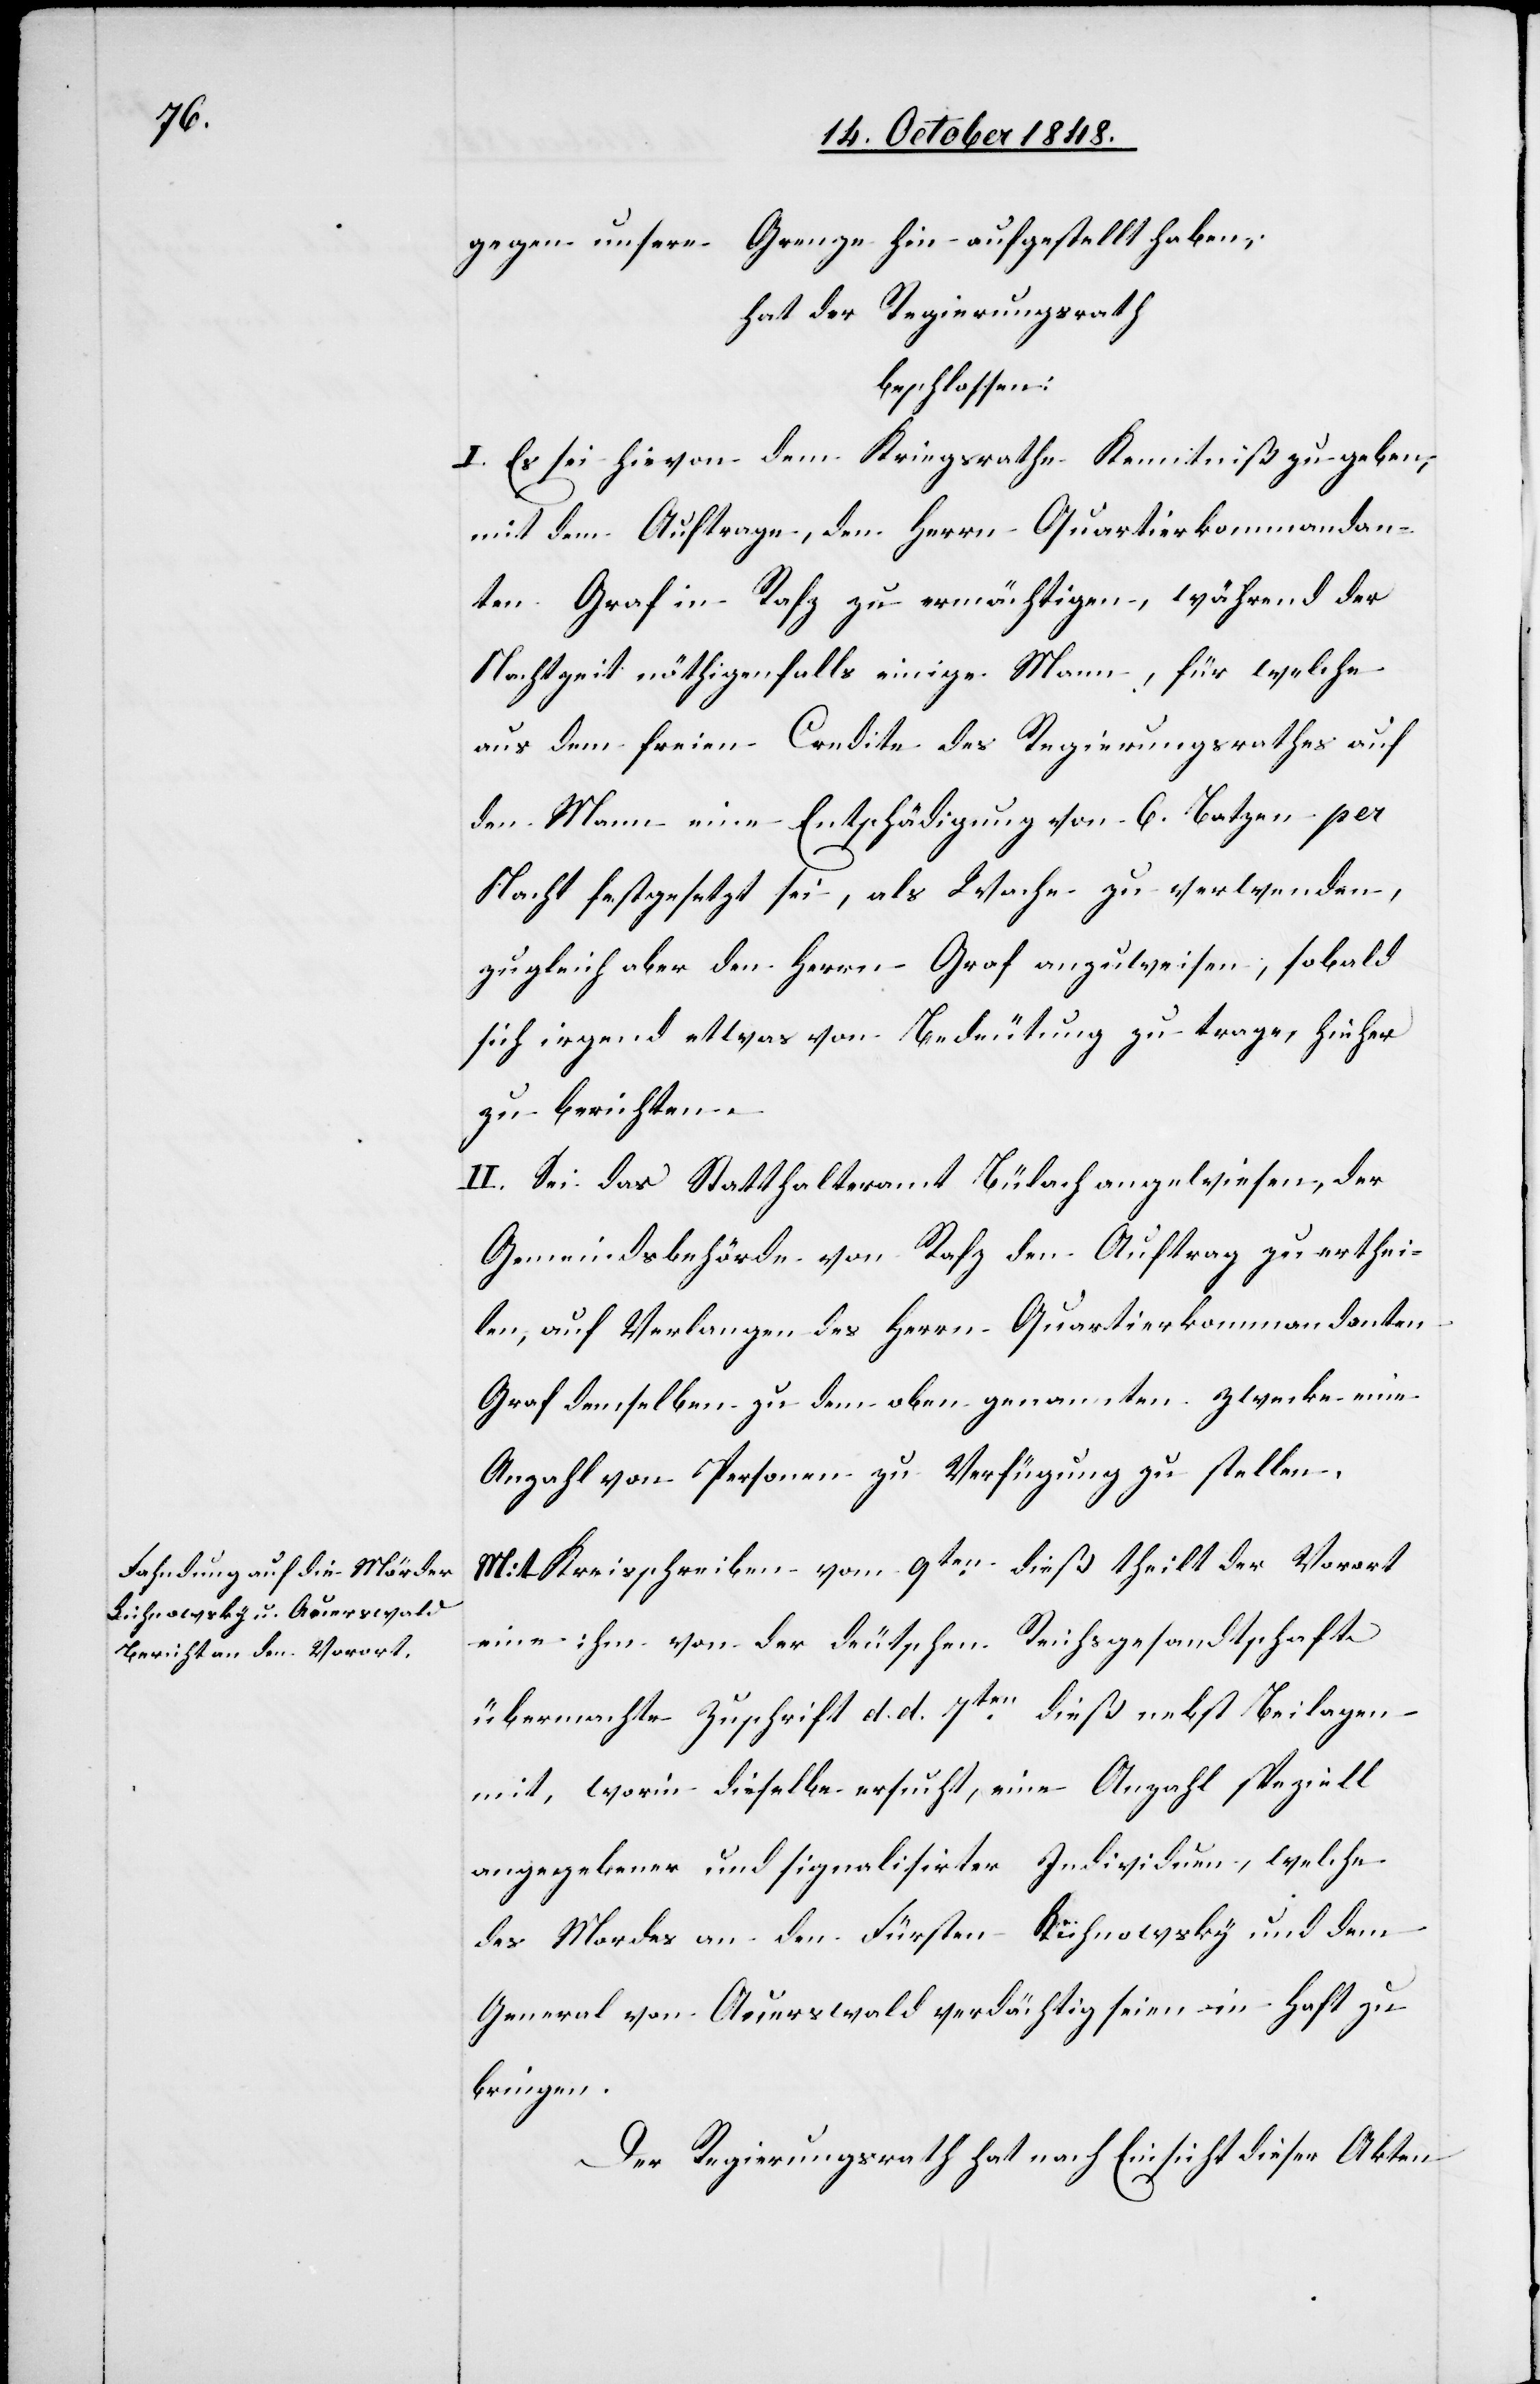
gegen unsere Grenze hin aufgestellt haben;
hat der Regierungsrath
beschlossen:
I. Es sei hievon dem Kriegsrathe Kenntniß zu geben,
mit dem Auftrage, dem Herrn Quartierkommandan¬
ten Graf in Rafz zu ermächtigen, während der
Nachtzeit nöthigenfalls einige Mann, für welche
aus dem freien Credite des Regierungsrathes auf
den Mann eine Entschädigung von 6. Batzen per
Nacht festgesetzt sei, als Wache zu verwenden,
zugleich aber den Herrn Graf anzuweisen, sobald
sich irgend etwas von Bedeutung zu trage, hieher
zu berichten.
II. Sei das Statthalteramt Bülach angewiesen, der
Gemeindsbehörde von Rafz den Auftrag zu erthei¬
len, auf Verlangen des Herrn Quartierskommandanten
Graf demselben zu dem oben genannten Zwecke eine
Anzahl von Personen zu Verfügung zu stellen.
Mit Kreisschreiben vom 9ten dieß theilt der Vorort
eine ihm von der deutschen Reichsgesandtschaft
übermachte Zuschrift d. d. 7ten dieß nebst Beilagen
mit, worin dieselbe ersucht, eine Anzahl speziell
angegebener und signallisirter Individuen, welche
des Mordes an den Fürsten Kühnoswky [sic!] und dem
General von Auerswald verdächtig seien in Haft zu
bringen.
Der Regierungsrath hat nach Einsicht dieser Akten